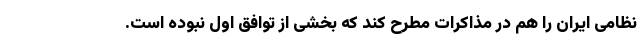
نظامی ایران را هم در مذاکرات مطرح کند که بخشی از توافق اول نبوده است.